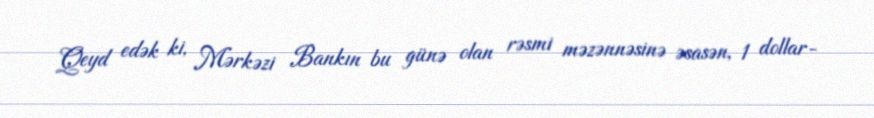
Qeyd edək ki, Mərkəzi Bankın bu günə olan rəsmi məzənnəsinə əsasən, 1 dollar-